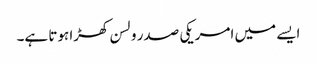
ایسے میں امریکی صدر ولسن کھڑا ہوتا ہے۔